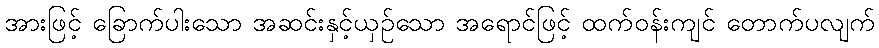
အားဖြင့် ခြောက်ပါးသော အဆင်းနှင့်ယှဉ်သော အရောင်ဖြင့် ထက်ဝန်းကျင် တောက်ပလျက်